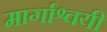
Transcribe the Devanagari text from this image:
मार्गाश्वयी